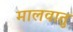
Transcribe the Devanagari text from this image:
मालवातु